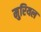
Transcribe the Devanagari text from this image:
मुरियल